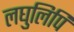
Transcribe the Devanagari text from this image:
लघुलिपि